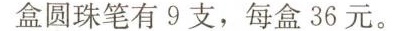
盒圆珠笔有9支，每盒36元。